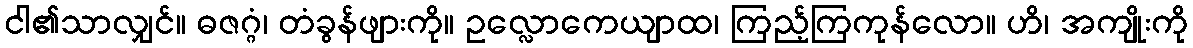
ငါ၏သာလျှင်။ ဓဇဂ္ဂံ၊ တံခွန်ဖျားကို။ ဥလ္လောကေယျာထ၊ ကြည့်ကြကုန်လော။ ဟိ၊ အကျိုးကို